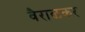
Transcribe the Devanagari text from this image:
वैराळकर